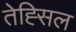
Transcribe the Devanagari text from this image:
तेह्सिल